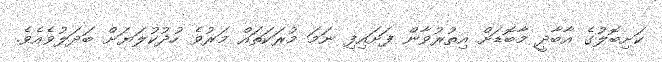
ކަށިބޮލުގެ އާބާދީ މާބޮޑަށް އިތުރުވާން ފަށައިފި ނަމަ މުރަކަތައް މަރުވެ ހުދުކުލަޔަށް ބަދަލުވެއެވެ.